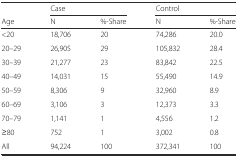
<table><thead><tr><td></td><td colspan="2"><b>Case</b></td><td colspan="2"><b>Control</b></td></tr><tr><td><b>Age</b></td><td><b>N</b></td><td><b>%-Share</b></td><td><b>N</b></td><td><b>%-Share</b></td></tr></thead><tbody><tr><td>&lt;20</td><td>18,706</td><td>20</td><td>74,286</td><td>20.0</td></tr><tr><td>20–29</td><td>26,905</td><td>29</td><td>105,832</td><td>28.4</td></tr><tr><td>30–39</td><td>21,277</td><td>23</td><td>83,842</td><td>22.5</td></tr><tr><td>40–49</td><td>14,031</td><td>15</td><td>55,490</td><td>14.9</td></tr><tr><td>50–59</td><td>8,306</td><td>9</td><td>32,960</td><td>8.9</td></tr><tr><td>60–69</td><td>3,106</td><td>3</td><td>12,373</td><td>3.3</td></tr><tr><td>70–79</td><td>1,141</td><td>1</td><td>4,556</td><td>1.2</td></tr><tr><td>≥80</td><td>752</td><td>1</td><td>3,002</td><td>0.8</td></tr><tr><td>All</td><td>94,224</td><td>100</td><td>372,341</td><td>100</td></tr></tbody></table>